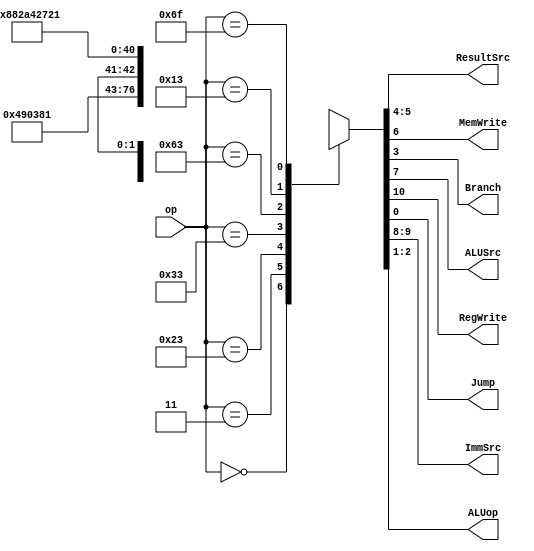
`timescale 1ns / 1ps

module Maindec(
	input [6:0] op,
	
	output[1:0] ResultSrc,
	output		MemWrite,
	output		Branch,ALUSrc,
	output		RegWrite,Jump,
	output[1:0] ImmSrc,
	output[1:0] ALUop
);

reg [10:0] controls;
	
always@(*)
	case(op)
	//RegWrite_ImmSrc_ALUSrc_MemWrite_ResultSrc_Branch_ALUop_Jump
	  7'b0000000: controls = 11'b0_00_0_0_00_0_00_0;
	  7'b0000011: controls = 11'b1_00_1_0_01_0_00_0;//lw
	  7'b0100011: controls = 11'b0_01_1_1_00_0_00_0;//sw
	  7'b0110011: controls = 11'b1_xx_0_0_00_0_10_0;//R-type
	  7'b1100011: controls = 11'b0_10_0_0_00_1_01_0;//beq
	  7'b0010011: controls = 11'b1_00_1_0_00_0_10_0;//I-typr ALU
	  7'b1101111: controls = 11'b1_11_0_0_10_0_00_1;//jal
	  default:    controls = 11'bx_xx_x_x_xx_x_xx_x;//???
    endcase

assign {RegWrite,ImmSrc,ALUSrc,MemWrite,
		ResultSrc,Branch,ALUop,Jump} = controls;	
	
endmodule